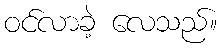
ဝင်လာခဲ့ လေသည်။